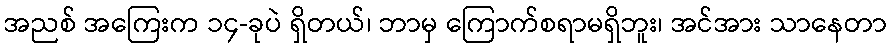
အညစ် အကြေးက ၁၄-ခုပဲ ရှိတယ်၊ ဘာမှ ကြောက်စရာမရှိဘူး၊ အင်အား သာနေတာ